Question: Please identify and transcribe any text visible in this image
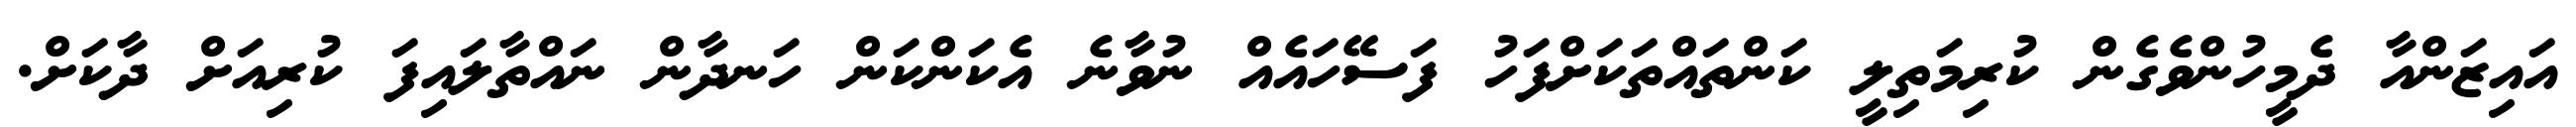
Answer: އައިޒަންއާ ދެމީހުންވެގެން ކުރިމަތިލީ ކަންތައްތަކަށްފަހު ފަސޭހައެއް ނުވާނެ އެކަންކަން ހަނދާން ނައްތާލައިފަ ކުރިއަށް ދާކަށް.